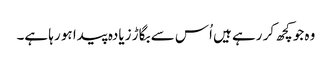
وہ جو کچھ کر رہے ہیں اُس سے بگاڑ زیادہ پیدا ہو رہا ہے۔